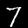
Label: 7